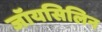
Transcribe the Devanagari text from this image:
जॉयसिलिन